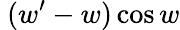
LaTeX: \ (w^{\prime}-w)\cos w